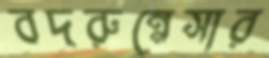
বদরুন্নেসার